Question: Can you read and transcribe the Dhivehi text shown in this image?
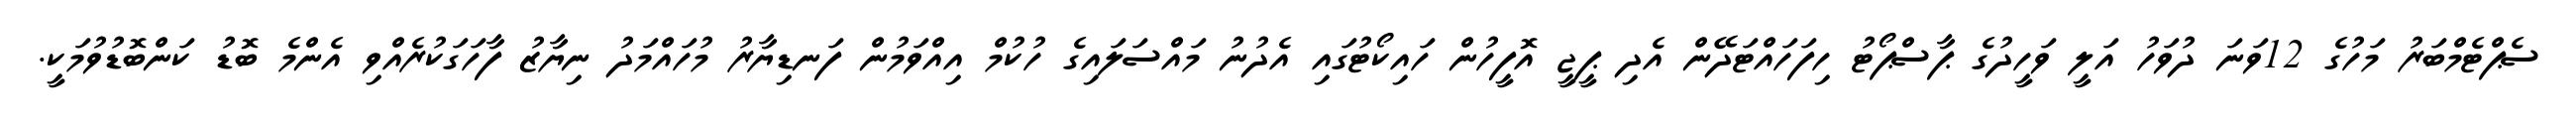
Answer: ސެޕްޓެމްބަރު މަހުގެ 12ވަނަ ދުވަހު އަލީ ވަހީދުގެ ޕާސްޕޯޓު ހިފަހައްޓަދޭން އެދި ޕީޖީ އޮފީހުން ހައިކޯޓުގައި އެދުނު މައްސަލައިގެ ހުކުމް އިއްވަމުން ފަނޑިޔާރު މުހައްމަދު ނިޔާޒު ފާހަގަކުރެއްވި އެންމެ ބޮޑު ކަންބޮޑުވުމަކީ.